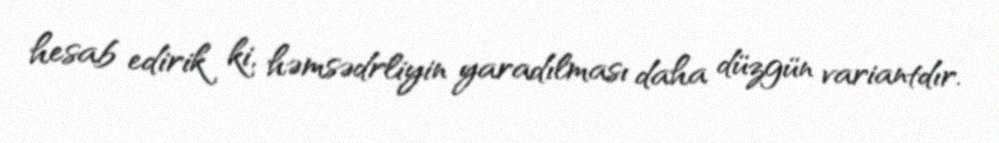
hesab edirik ki, həmsədrliyin yaradılması daha düzgün variantdır.